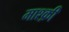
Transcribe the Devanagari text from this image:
माश्क़ी